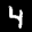
Label: 4